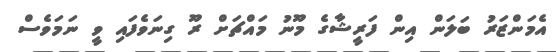
އެމަންޒަރު ބަލަން އިން ފަރީޝާގެ މޫނު މައްޗަށް ރޫ ގިނަވެފައި ވީ ނަމަވެސް